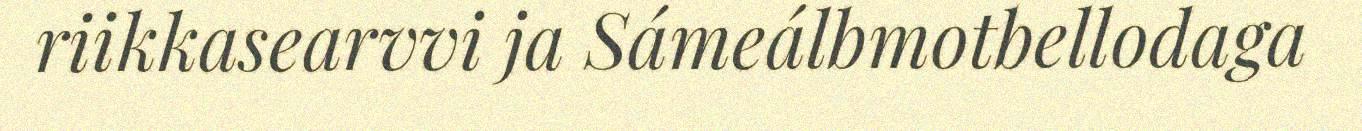
riikkasearvvi ja Sámeálbmotbellodaga